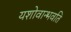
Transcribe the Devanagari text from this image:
यशोवान्भवति